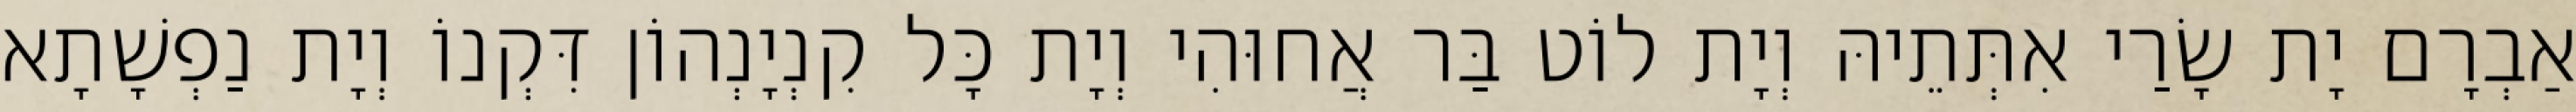
אַבְרָם יָת שָׂרַי אִתְּתֵיהּ וְיָת לוֹט בַּר אֲחוּהִי וְיָת כָּל קִנְיָנְהוֹן דִּקְנוֹ וְיָת נַפְשָׁתָא